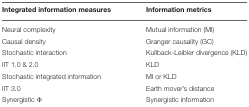
| Integrated information measures | Information metrics |
 | --- | --- |
 | Neural complexity | Mutual information (MI) |
 | Causal density | Granger causality (GC) |
 | Stochastic interaction | Kullback-Leibler divergence (KLD) |
 | IIT 1.0 & 2.0 | KLD |
 | Stochastic integrated information | MI or KLD |
 | IIT 3.0 | Earth mover's distance |
 | Synergistic Φ | Synergistic information |